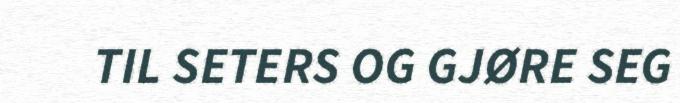
TIL SETERS OG GJØRE SEG